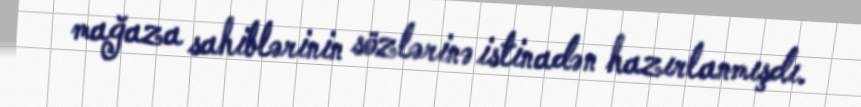
mağaza sahiblərinin sözlərinə istinadən hazırlanmışdı.